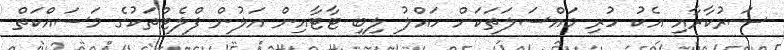
ސަރުކާރާއި އެކު ހުރި މައްސަލަތަކަށް ހައްލު ލިބި ޓާޓާއިން އަލުން ފްލެޓްތަކުގެ މަސައްކަތް